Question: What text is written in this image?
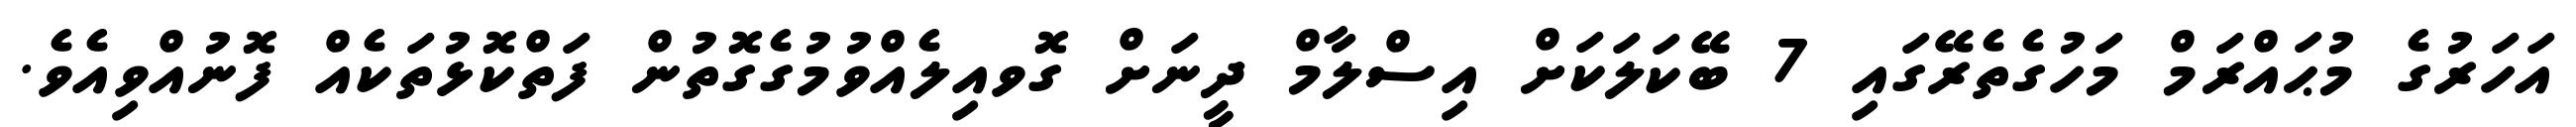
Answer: އަހަރުގެ މުޙައްރަމް މަހުގެތެރޭގައި 7 ބޭކަލަކަށް އިސްލާމް ދީނަށް ގޮވއިލެއްވުމުގެގޮތުން ފަތްކޮޅުތަކެއް ފޮނުއްވިއެވެ.